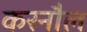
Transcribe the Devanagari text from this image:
करनौल